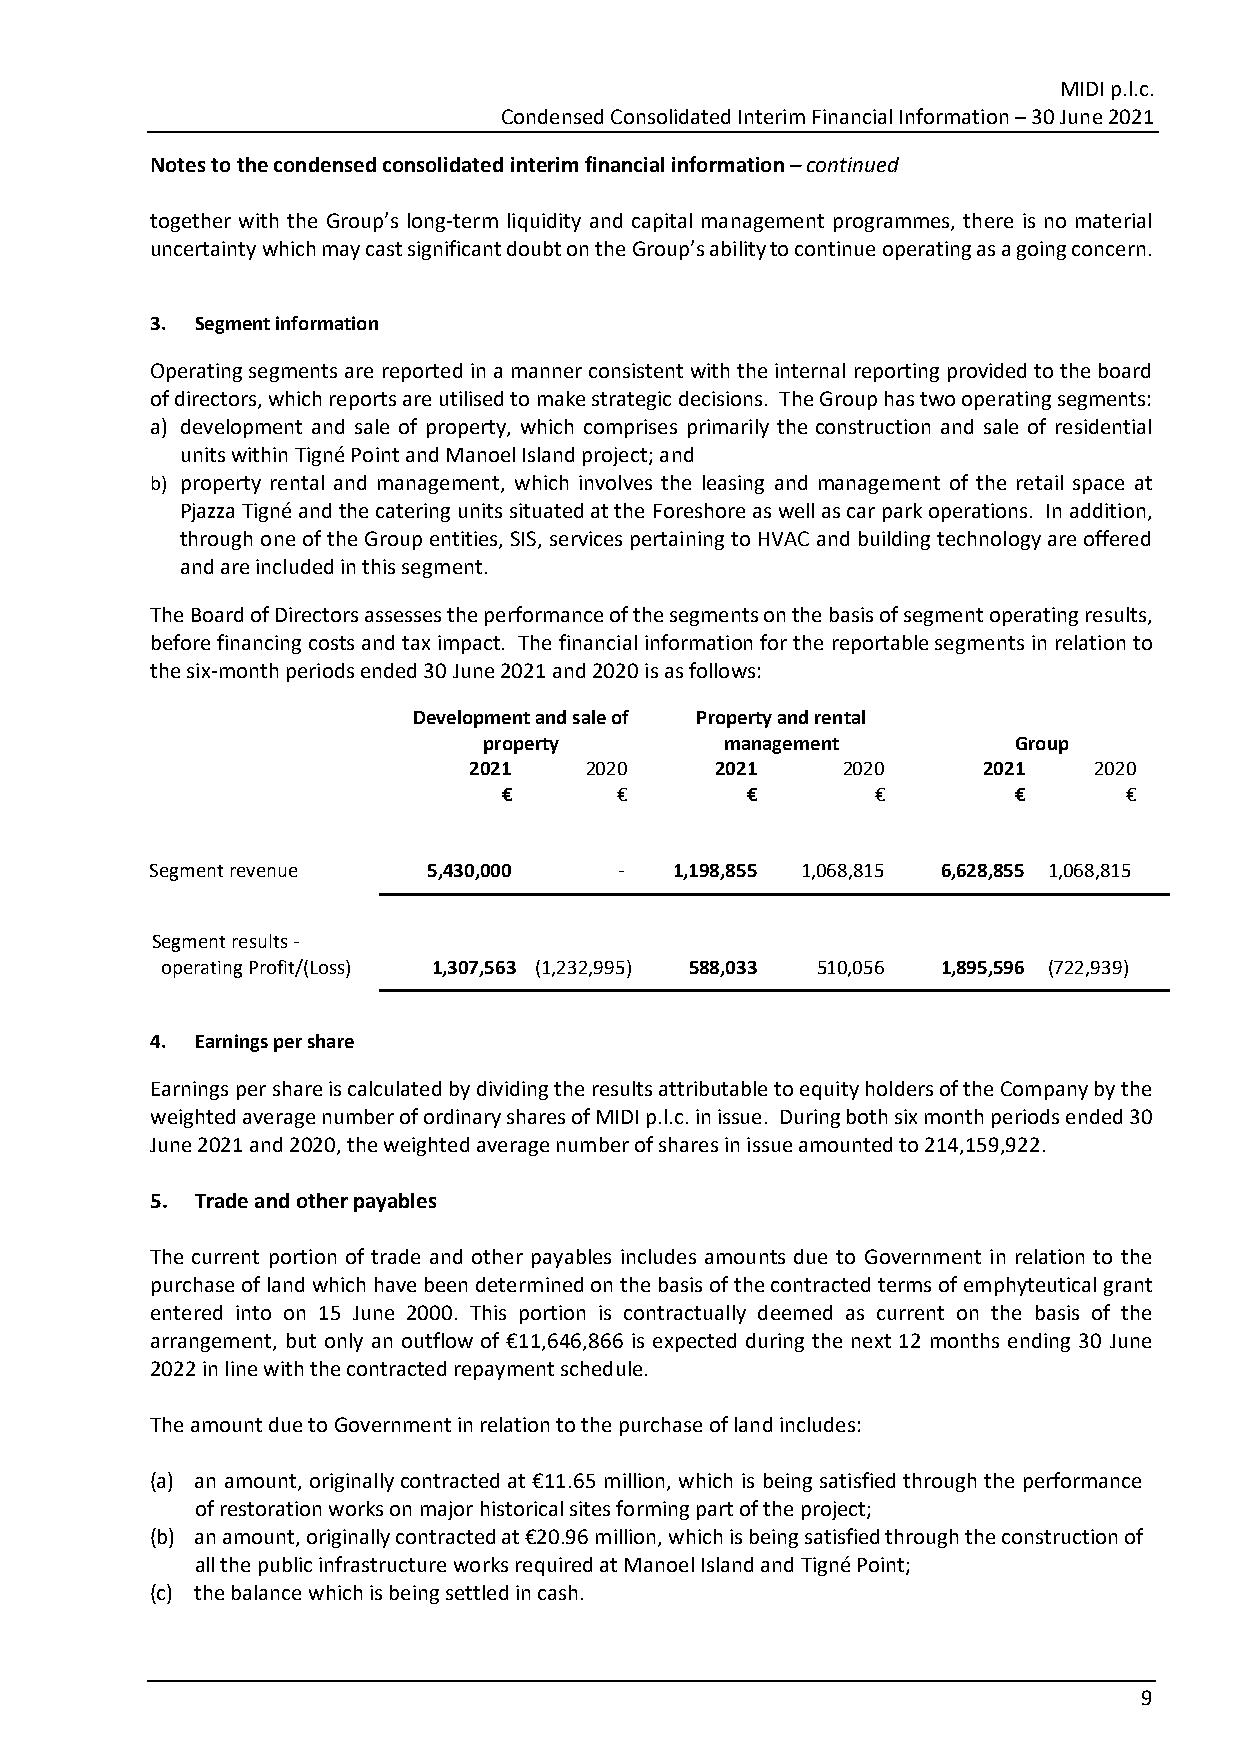
MIDI p.l.c.
 Condensed Consolidated Interim Financial Information – 30 June 2021
 Notes to the condensed consolidated interim financial information – continued
 together with the Group’s long‐term liquidity and capital management programmes, there is no material
 uncertainty which may cast significant doubt on the Group’s ability to continue operating as a going concern.
 3. Segment information
 Operating segments are reported in a manner consistent with the internal reporting provided to the board
 of directors, which reports are utilised to make strategic decisions. The Group has two operating segments:
 a) development and sale of property, which comprises primarily the construction and sale of residential
 units within Tigné Point and Manoel Island project; and
 b) property rental and management, which involves the leasing and management of the retail space at
 Pjazza Tigné and the catering units situated at the Foreshore as well as car park operations. In addition,
 through one of the Group entities, SIS, services pertaining to HVAC and building technology are offered
 and are included in this segment.
 The Board of Directors assesses the performance of the segments on the basis of segment operating results,
 before financing costs and tax impact. The financial information for the reportable segments in relation to
 the six‐month periods ended 30 June 2021 and 2020 is as follows:
 Development and sale of Property and rental
 property        management         Group
 2021    2020    2021     2020     2021   2020
 €       €       €        €        €       €
 Segment revenue   5,430,000    ‐   1,198,855 1,068,815 6,628,855 1,068,815
 Segment results ‐
 operating Profit/(Loss) 1,307,563 (1,232,995) 588,033 510,056 1,895,596 (722,939)
 4. Earnings per share
 Earnings per share is calculated by dividing the results attributable to equity holders of the Company by the
 weighted average number of ordinary shares of MIDI p.l.c. in issue. During both six month periods ended 30
 June 2021 and 2020, the weighted average number of shares in issue amounted to 214,159,922.
 5. Trade and other payables
 The current portion of trade and other payables includes amounts due to Government in relation to the
 purchase of land which have been determined on the basis of the contracted terms of emphyteutical grant
 entered into on 15 June 2000. This portion is contractually deemed as current on the basis of the
 arrangement, but only an outflow of €11,646,866 is expected during the next 12 months ending 30 June
 2022 in line with the contracted repayment schedule.
 The amount due to Government in relation to the purchase of land includes:
 (a) an amount, originally contracted at €11.65 million, which is being satisfied through the performance
 of restoration works on major historical sites forming part of the project;
 (b) an amount, originally contracted at €20.96 million, which is being satisfied through the construction of
 all the public infrastructure works required at Manoel Island and Tigné Point;
 (c) the balance which is being settled in cash.
 9